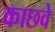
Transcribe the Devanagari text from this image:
काछवे